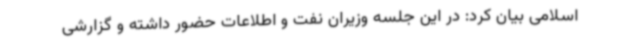
اسلامی بیان کرد: در این جلسه وزیران نفت و اطلاعات حضور داشته و گزارشی